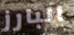
البارز